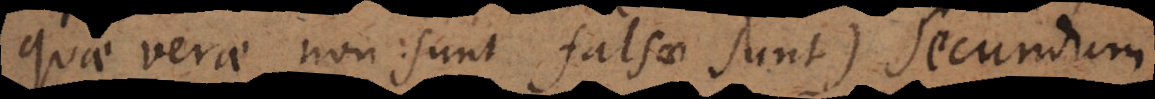
quae verae non sunt falsae sunt) secundum